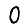
Digit: 0